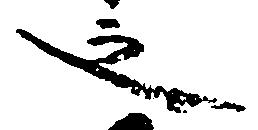
之